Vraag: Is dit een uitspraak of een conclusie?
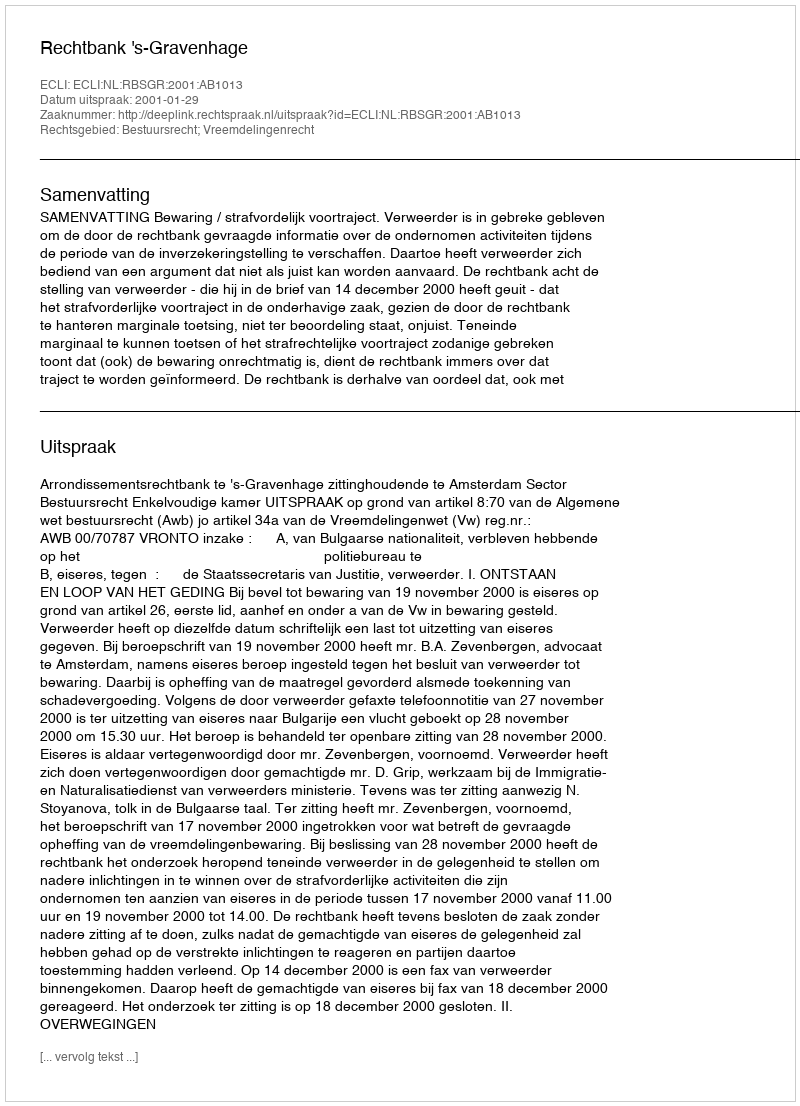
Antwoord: Uitspraak